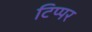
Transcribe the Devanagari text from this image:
टिप्पर